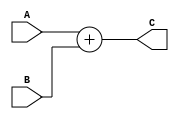
/*-----------------------------------------------------------------------------------
* Date generated: 25/03/2023
* Date modified: 11/05/2023
* Description: Adds the original coord value plus 1. Works for X and Y coords.
*----------------------------------------------------------------------------------- */

module add_coords (
  input signed [7:0] A,
  input signed [7:0] B,
  output reg signed [7:0] C
);
    

// ------------------------------------------
// Combinational logic
// ------------------------------------------
always @ (A or B) begin
  C = A + B;
end
endmodule // add_coords